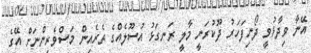
އޭނާ ވިދާޅުވީ ދޯނިފަހަރު ދޫކުރަނީ މާލީ ރަނގަޅު އުސޫލެއްގެ ތެރެއިން މަސްވެރިންނަށް އޭގެ